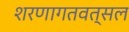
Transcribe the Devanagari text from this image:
शरणागतवत्सल